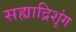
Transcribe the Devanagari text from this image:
सह्याद्रिशृंग